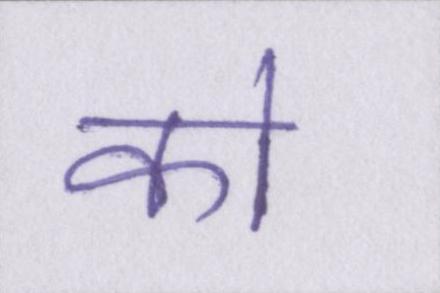
को